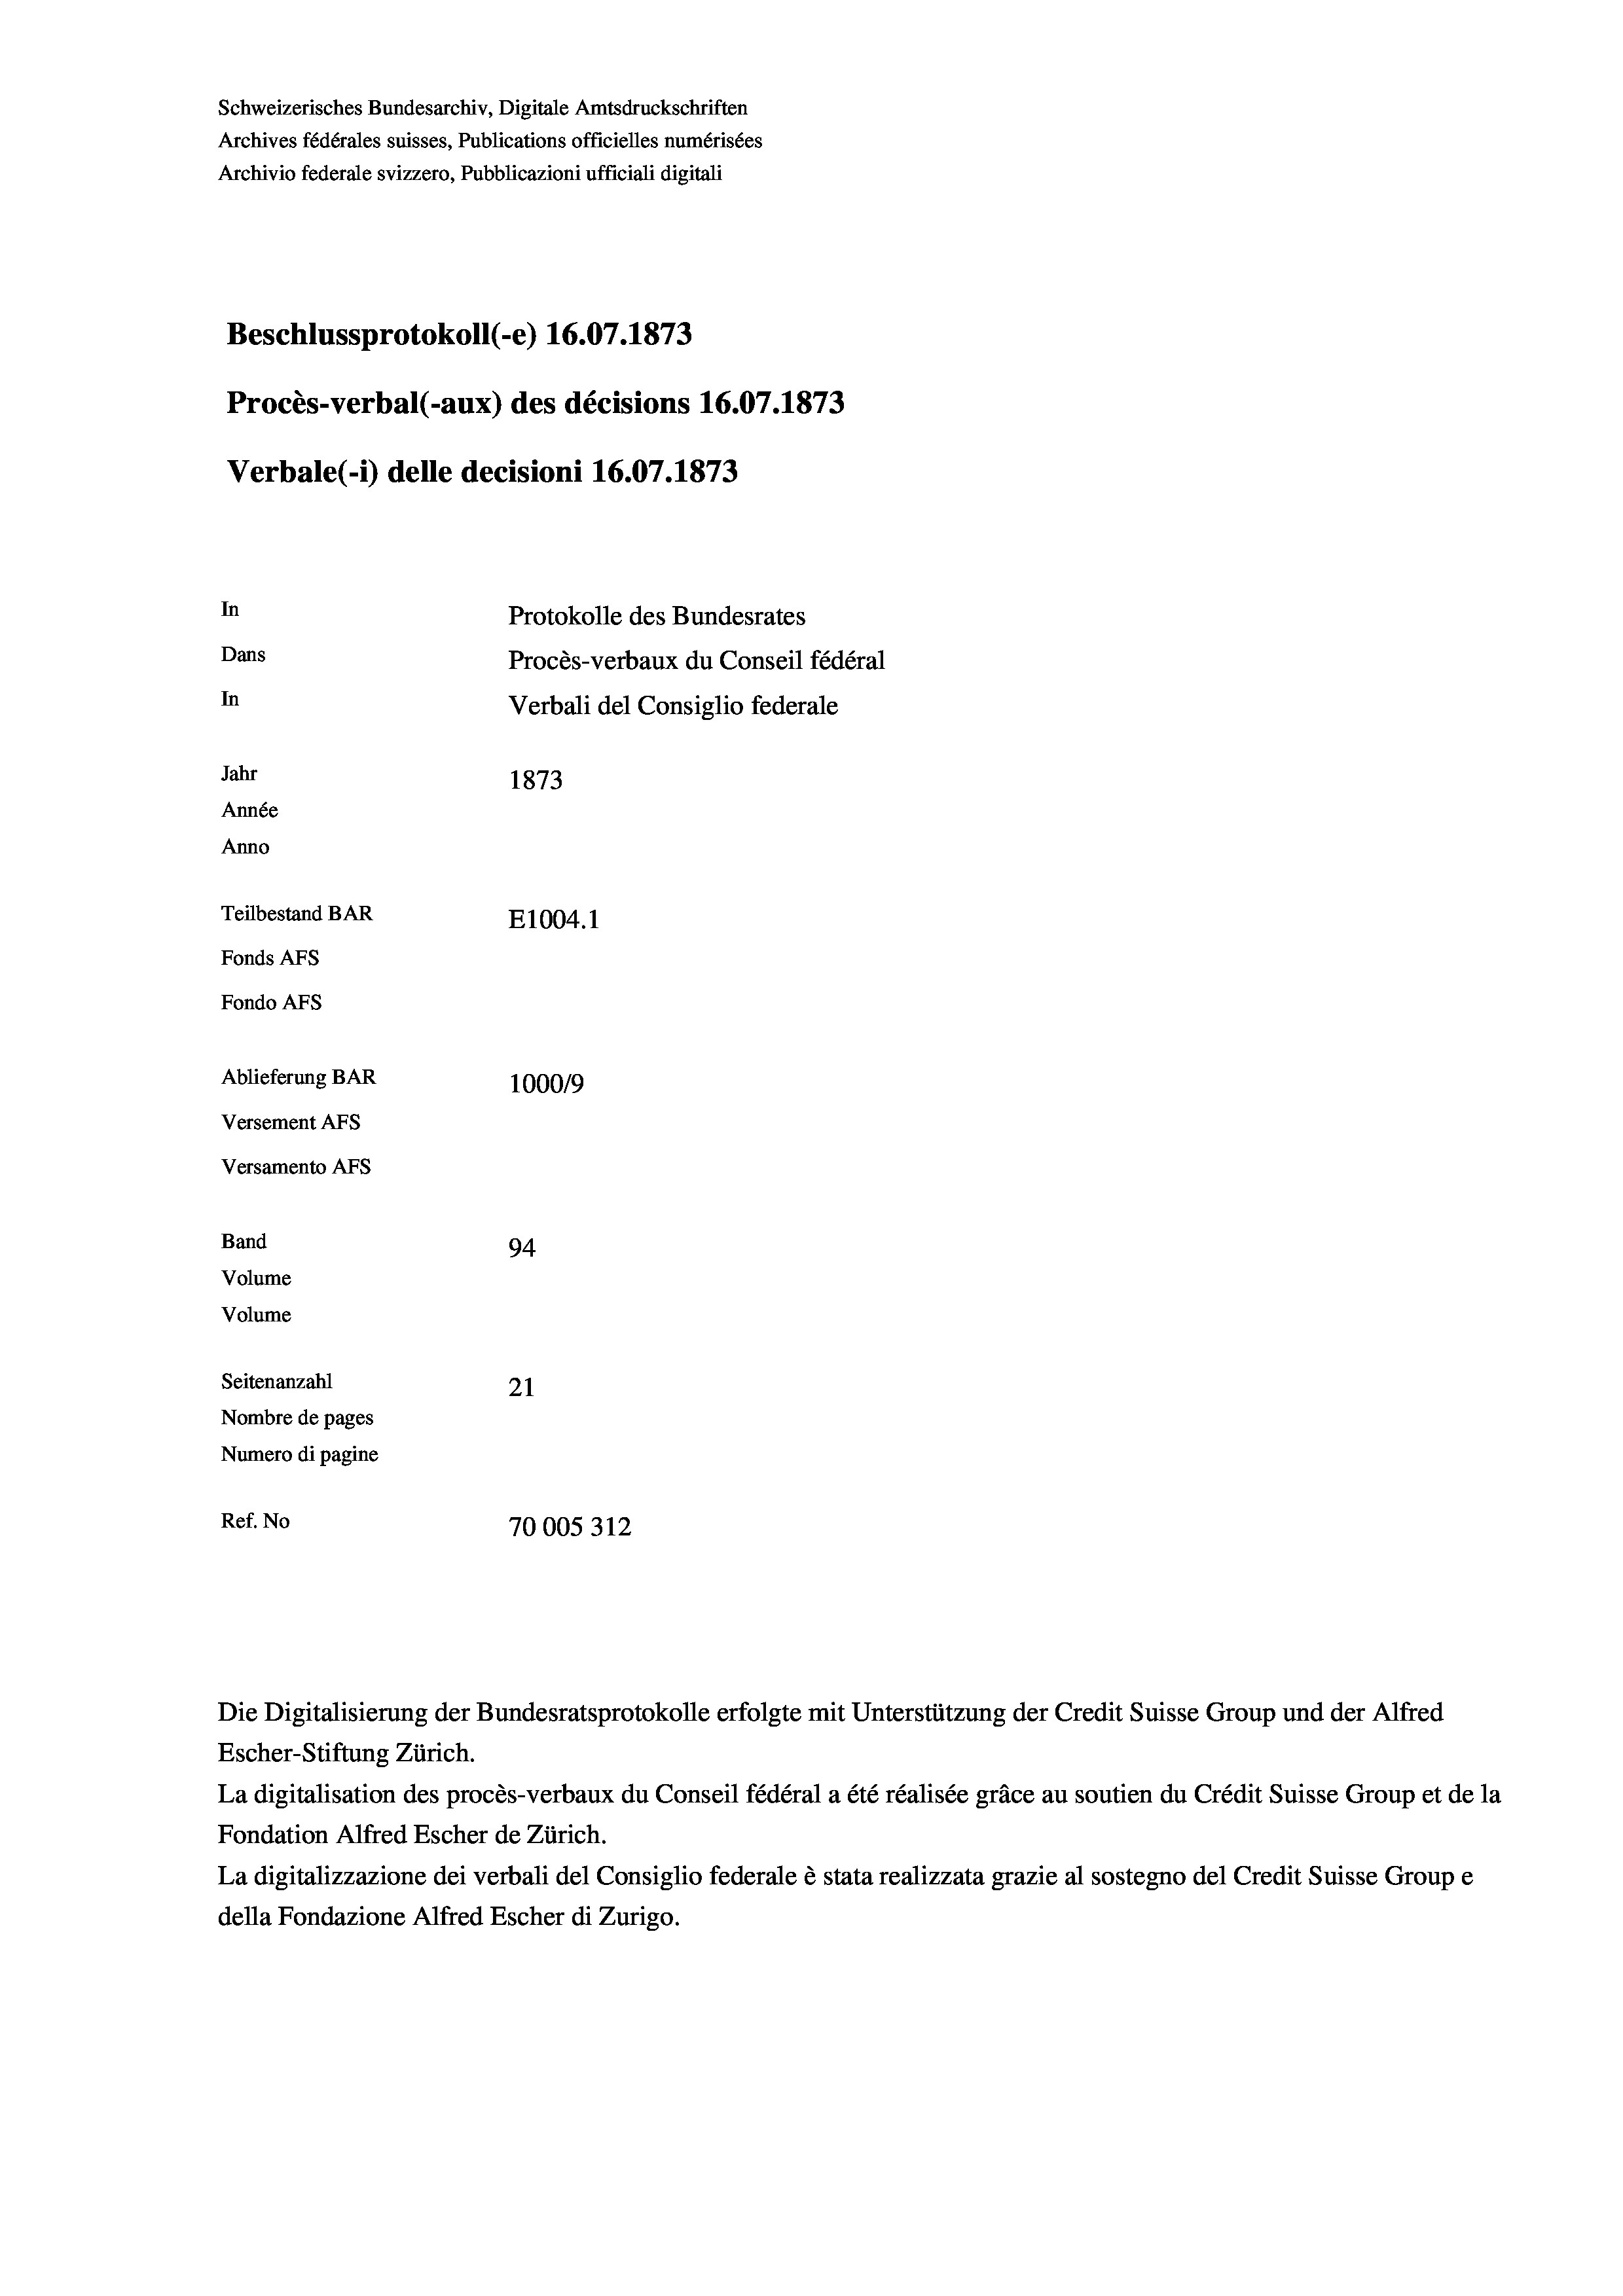
Schweizerisches Bundesarchiv, Digitale Amtsdruckschriften
Archives fédérales suisses, Publications officielles numérisées
Archivio federale svizzero, Pubblicazioni ufficiali digitali
Beschlussprotokoll (-e) 16.07. 1873
Procès-verbal (-aux) des décisions 16.07.1873
Verbale (-*) delle decisioni 16.07. 1873
In
Protokolle des Bundesrates
Dans
Procès-verbaux du Conseil fédéral
In
Verbali del Consiglio federale
Jahr
1873
Année
Anno
Teilbestand BAR
E1004. 1
Fonds Afs
Fondo AFs
Ablieferung BAR
1000/9
Versement Abs
Versamento AFs
Band
94
Volume
Volume
Seitenanzahl
21
Nombre de pages
Numero di pagine
Ref. No
70005312

Die Digitalisierung der Bundesratsprotokolle erfolgte mit Unterstützung der Credit Suisse Group und der Alfred
Escher-Stiftung Zürich.

La digitalisation des procès-verbaux du Conseil fédéral a été réalisée gräce au soutien du Crédit Suisse Group et de la
Fondation Alfred Escher de Zürich.
La digitalizzazione dei verbali del Consiglio federale è stata realizzata grazie al sostegno del Credit Suisse Groupe
della Fondazione Alfred Escher di Zurigo.